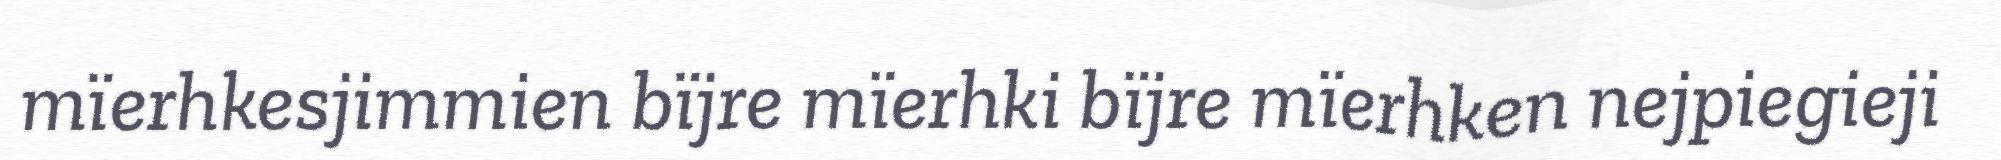
mïerhkesjimmien bïjre mïerhki bïjre mïerhken nejpiegieji